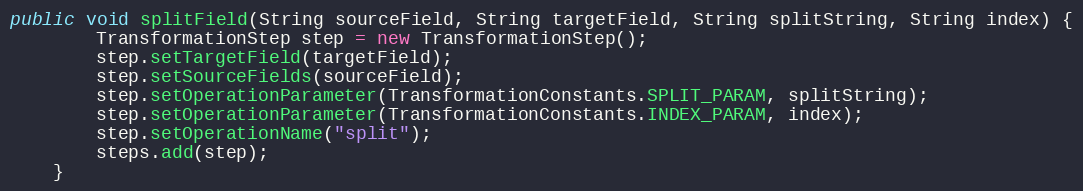
Language: Java
public void splitField(String sourceField, String targetField, String splitString, String index) {
        TransformationStep step = new TransformationStep();
        step.setTargetField(targetField);
        step.setSourceFields(sourceField);
        step.setOperationParameter(TransformationConstants.SPLIT_PARAM, splitString);
        step.setOperationParameter(TransformationConstants.INDEX_PARAM, index);
        step.setOperationName("split");
        steps.add(step);
    }